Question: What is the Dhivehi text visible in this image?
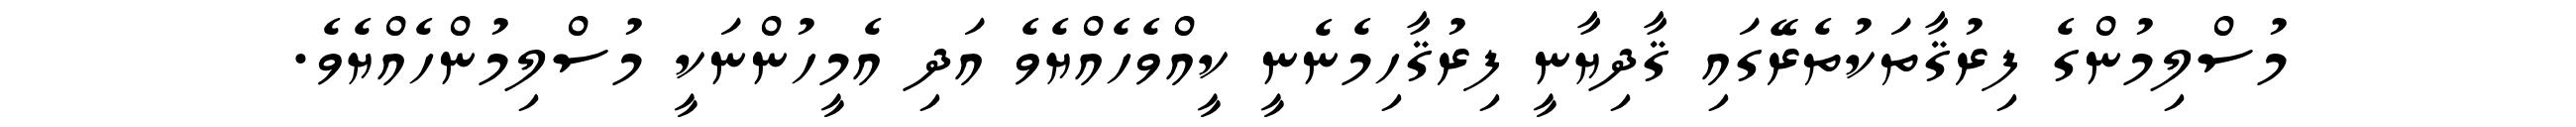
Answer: މުސްލިމުންގެ ފިރުޤާތަކުތެރޭގައި ޤާދިޔާނީ ފިރުޤާހިމެނެނީ ކީއްވެހެއްޔެވެ އަދި އެމީހުންނަކީ މުސްލިމުންހެއްޔެވެ.